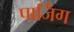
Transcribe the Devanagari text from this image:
पार्जिंग